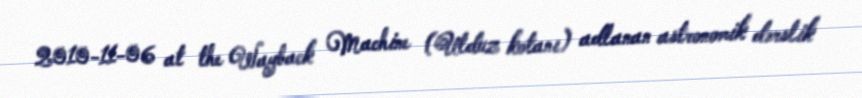
2010-11-06 at the Wayback Machine (Ulduz kotanı) adlanan astronomik dərslik